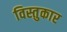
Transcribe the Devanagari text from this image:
विस्तुकार